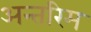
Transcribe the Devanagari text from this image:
अन्‍तरिम